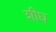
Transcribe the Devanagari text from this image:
शीघ